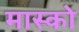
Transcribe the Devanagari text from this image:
मास्‍को